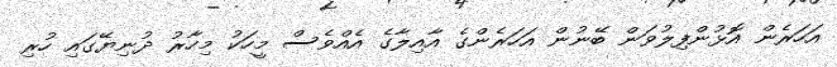
އަހަރެން އޮޅުންފިލުވަން ބޭނުން އަހަރެންގެ އާއިލާގެ އެއްވެސް މީހަކު މިހާރު ދުނިޔޭގައި ހުރި